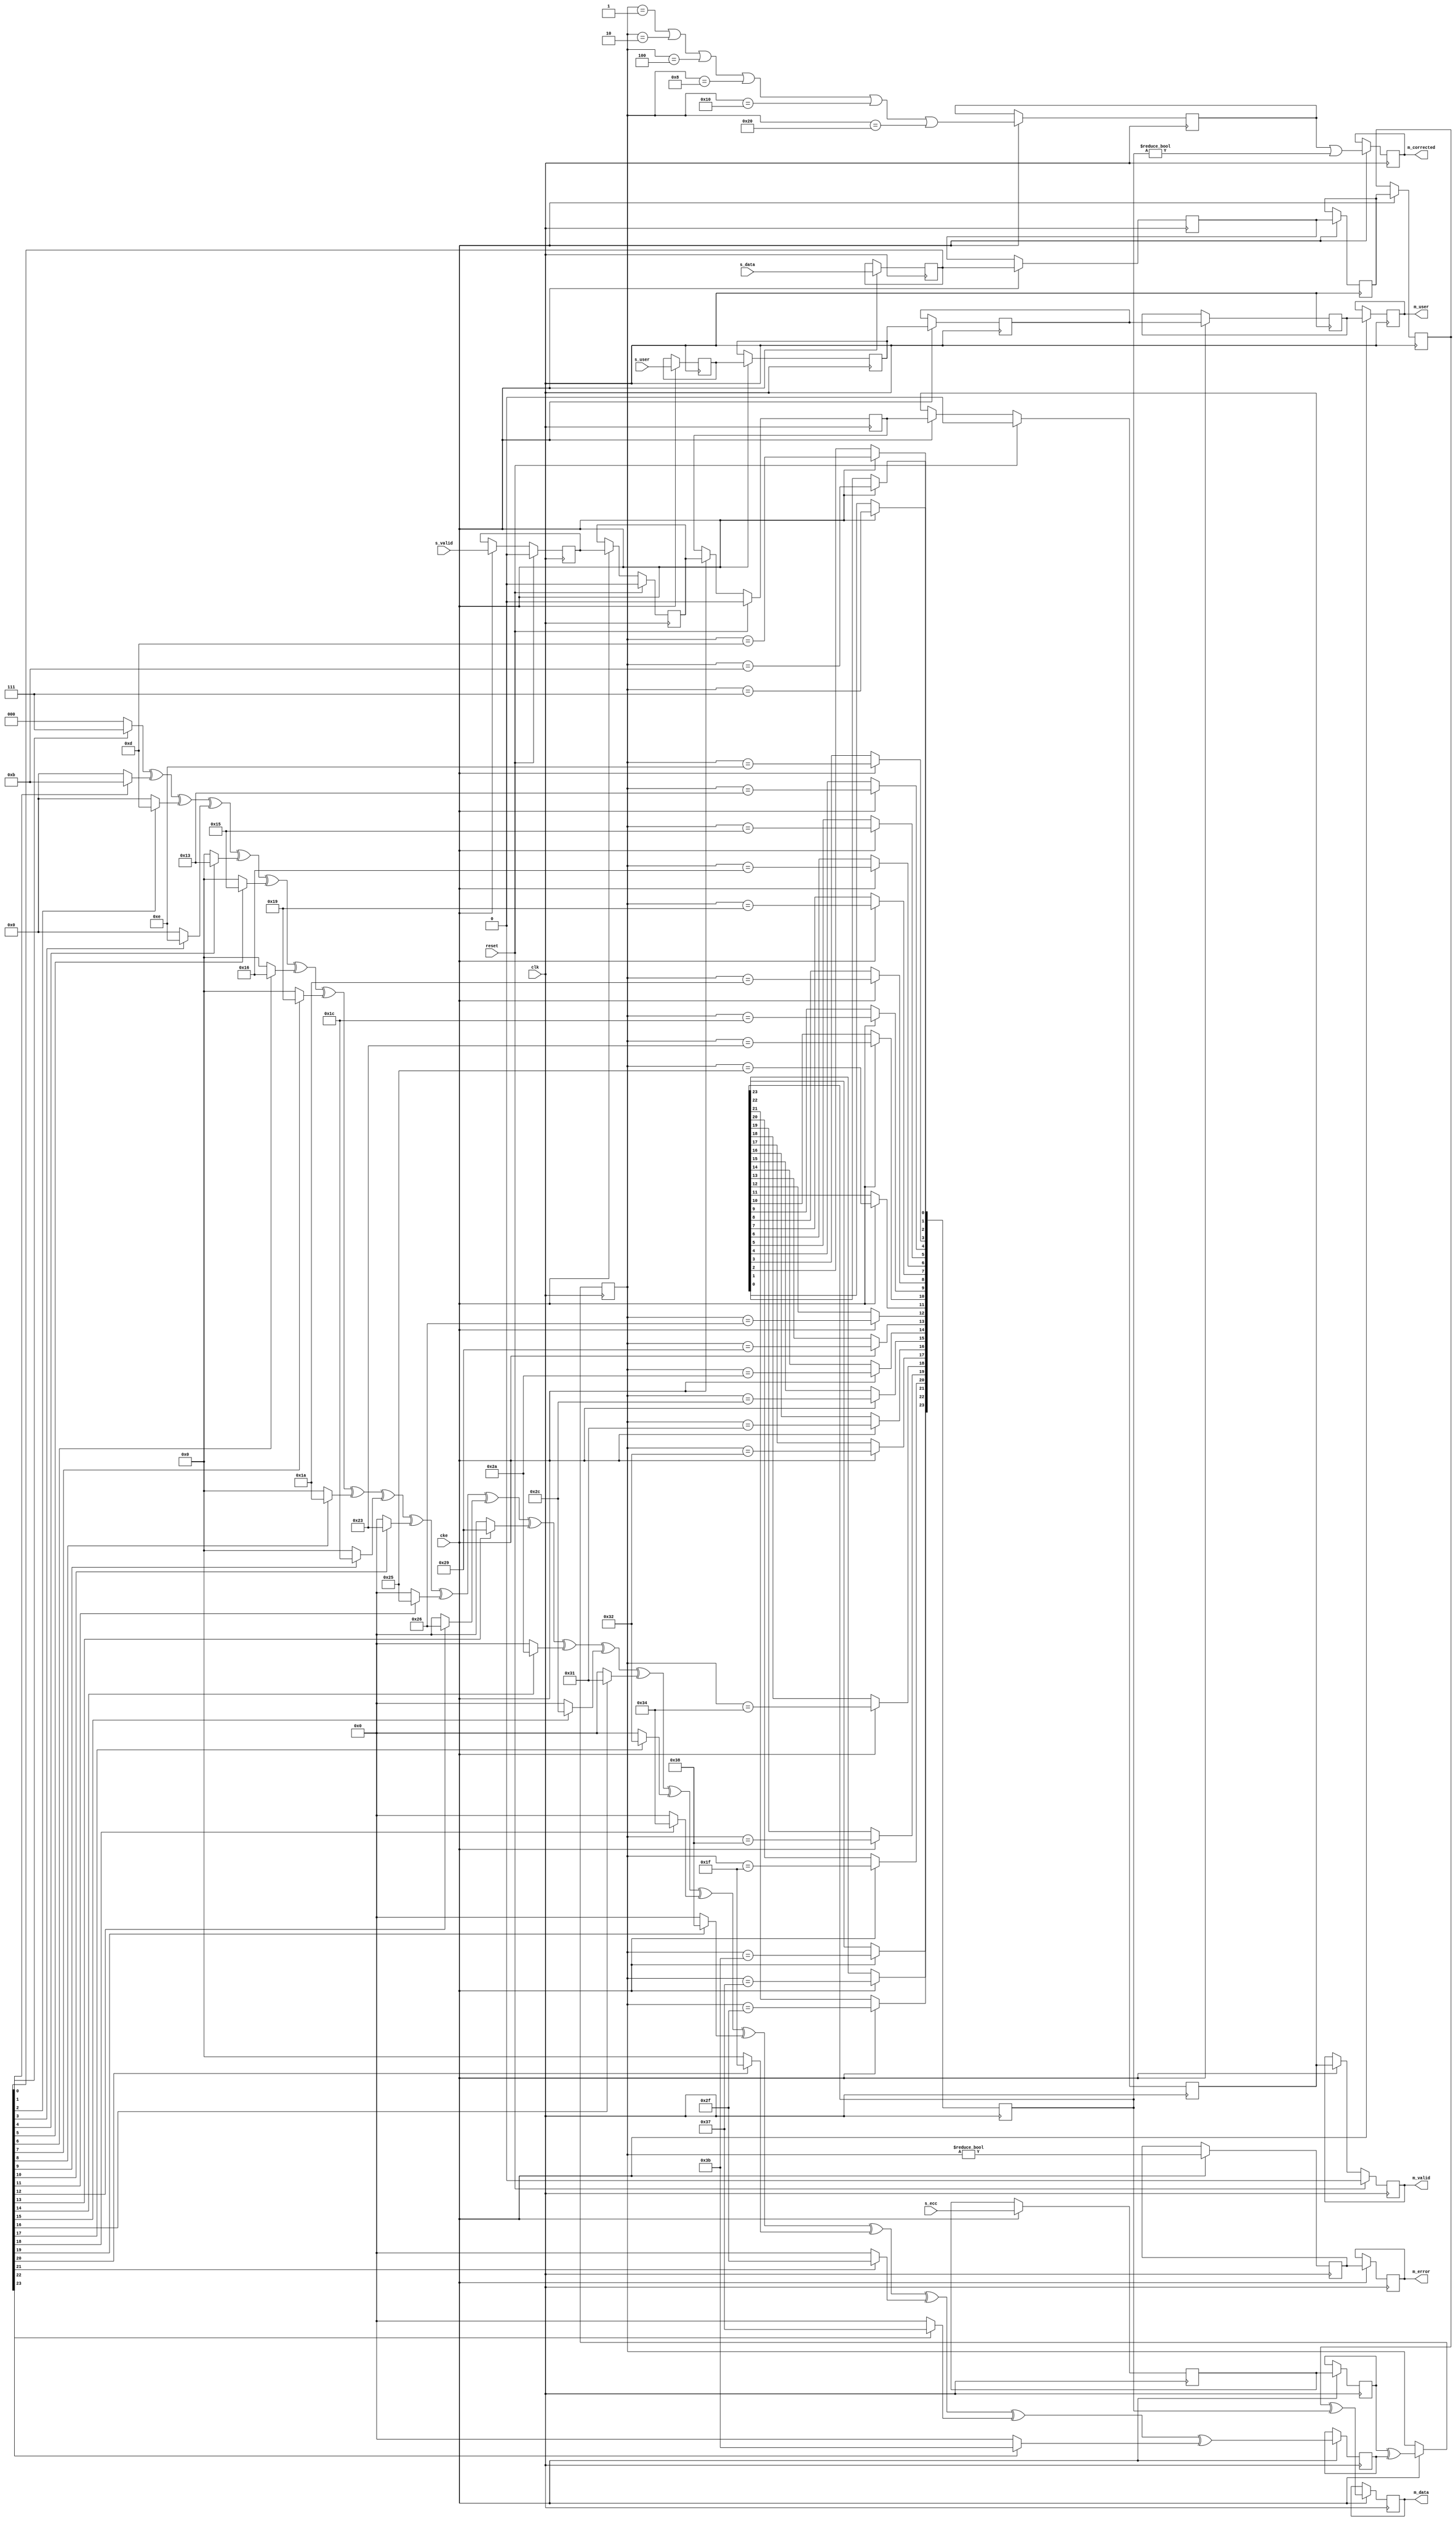
// This program was cloned from: https://github.com/ryuz/jelly
// License: MIT License

// ---------------------------------------------------------------------------
//  Jelly  -- The platform for real-time computing
//
//
//                                 Copyright (C) 2008-2018 by Ryuz
//                                 https://github.com/ryuz/jelly.git
// ---------------------------------------------------------------------------



`timescale 1ns / 1ps
`default_nettype none


module jelly_mipi_ecc24
        #(
            parameter   USER_WIDTH = 0,
            
            parameter   USER_BITS  = USER_WIDTH > 0 ? USER_WIDTH : 1
        )
        (
            input   wire                        reset,
            input   wire                        clk,
            input   wire                        cke,
            
            input   wire    [USER_BITS-1:0]     s_user,
            input   wire    [23:0]              s_data,
            input   wire    [5:0]               s_ecc,
            input   wire                        s_valid,
            
            output  wire    [USER_BITS-1:0]     m_user,
            output  wire    [23:0]              m_data,
            output  wire                        m_error,
            output  wire                        m_corrected,
            output  wire                        m_valid
        );
    
    
    // ecc table
    wire    [5:0]   ecc_tbl_0  = 6'h07;
    wire    [5:0]   ecc_tbl_1  = 6'h0b;
    wire    [5:0]   ecc_tbl_2  = 6'h0d;
    wire    [5:0]   ecc_tbl_3  = 6'h0e;
    wire    [5:0]   ecc_tbl_4  = 6'h13;
    wire    [5:0]   ecc_tbl_5  = 6'h15;
    wire    [5:0]   ecc_tbl_6  = 6'h16;
    wire    [5:0]   ecc_tbl_7  = 6'h19;
    wire    [5:0]   ecc_tbl_8  = 6'h1a;
    wire    [5:0]   ecc_tbl_9  = 6'h1c;
    wire    [5:0]   ecc_tbl_10 = 6'h23;
    wire    [5:0]   ecc_tbl_11 = 6'h25;
    wire    [5:0]   ecc_tbl_12 = 6'h26;
    wire    [5:0]   ecc_tbl_13 = 6'h29;
    wire    [5:0]   ecc_tbl_14 = 6'h2a;
    wire    [5:0]   ecc_tbl_15 = 6'h2c;
    wire    [5:0]   ecc_tbl_16 = 6'h31;
    wire    [5:0]   ecc_tbl_17 = 6'h32;
    wire    [5:0]   ecc_tbl_18 = 6'h34;
    wire    [5:0]   ecc_tbl_19 = 6'h38;
    wire    [5:0]   ecc_tbl_20 = 6'h1f;
    wire    [5:0]   ecc_tbl_21 = 6'h2f;
    wire    [5:0]   ecc_tbl_22 = 6'h37;
    wire    [5:0]   ecc_tbl_23 = 6'h3b;
    
    
    
    reg     [USER_BITS-1:0]     st0_user;
    reg     [23:0]              st0_data;
    reg     [5:0]               st0_ecc;
    reg                         st0_valid;
    
    reg     [USER_BITS-1:0]     st1_user;
    reg     [23:0]              st1_data;
    reg     [5:0]               st1_recv_ecc;
    reg     [5:0]               st1_calc_ecc;
    reg                         st1_valid;
    
    reg     [USER_BITS-1:0]     st2_user;
    reg     [23:0]              st2_data;
    reg     [5:0]               st2_syndrome;
    reg                         st2_valid;
    
    reg     [USER_BITS-1:0]     st3_user;
    reg     [23:0]              st3_data;
    reg     [23:0]              st3_xor;
    reg                         st3_error;
    reg                         st3_crrected;
    reg                         st3_valid;
    
    reg     [USER_BITS-1:0]     st4_user;
    reg     [23:0]              st4_data;
    reg                         st4_error;
    reg                         st4_corrected;
    reg                         st4_valid;
    
    always @(posedge clk) begin
        if ( cke ) begin
            // stage 0
            st0_user      <= s_user;
            st0_data      <= s_data;
            st0_ecc       <= s_ecc;
            
            // stage 1
            st1_user      <= st0_user;
            st1_data      <= st0_data;
            st1_recv_ecc  <= st0_ecc;
            st1_calc_ecc  <= (st0_data[0]  ? ecc_tbl_0  : 6'd0)
                           ^ (st0_data[1]  ? ecc_tbl_1  : 6'd0)
                           ^ (st0_data[2]  ? ecc_tbl_2  : 6'd0)
                           ^ (st0_data[3]  ? ecc_tbl_3  : 6'd0)
                           ^ (st0_data[4]  ? ecc_tbl_4  : 6'd0)
                           ^ (st0_data[5]  ? ecc_tbl_5  : 6'd0)
                           ^ (st0_data[6]  ? ecc_tbl_6  : 6'd0)
                           ^ (st0_data[7]  ? ecc_tbl_7  : 6'd0)
                           ^ (st0_data[8]  ? ecc_tbl_8  : 6'd0)
                           ^ (st0_data[9]  ? ecc_tbl_9  : 6'd0)
                           ^ (st0_data[10] ? ecc_tbl_10 : 6'd0)
                           ^ (st0_data[11] ? ecc_tbl_11 : 6'd0)
                           ^ (st0_data[12] ? ecc_tbl_12 : 6'd0)
                           ^ (st0_data[13] ? ecc_tbl_13 : 6'd0)
                           ^ (st0_data[14] ? ecc_tbl_14 : 6'd0)
                           ^ (st0_data[15] ? ecc_tbl_15 : 6'd0)
                           ^ (st0_data[16] ? ecc_tbl_16 : 6'd0)
                           ^ (st0_data[17] ? ecc_tbl_17 : 6'd0)
                           ^ (st0_data[18] ? ecc_tbl_18 : 6'd0)
                           ^ (st0_data[19] ? ecc_tbl_19 : 6'd0)
                           ^ (st0_data[20] ? ecc_tbl_20 : 6'd0)
                           ^ (st0_data[21] ? ecc_tbl_21 : 6'd0)
                           ^ (st0_data[22] ? ecc_tbl_22 : 6'd0)
                           ^ (st0_data[23] ? ecc_tbl_23 : 6'd0);
            
            // stage 2
            st2_user      <= st1_user;
            st2_data      <= st1_data;
            st2_syndrome  <= st1_recv_ecc ^ st1_calc_ecc;
            
            // stage 3
            st3_user      <= st2_user;
            st3_data      <= st2_data;
            st3_xor[0]    <= (st2_syndrome == ecc_tbl_0);
            st3_xor[1]    <= (st2_syndrome == ecc_tbl_1);
            st3_xor[2]    <= (st2_syndrome == ecc_tbl_2);
            st3_xor[3]    <= (st2_syndrome == ecc_tbl_3);
            st3_xor[4]    <= (st2_syndrome == ecc_tbl_4);
            st3_xor[5]    <= (st2_syndrome == ecc_tbl_5);
            st3_xor[6]    <= (st2_syndrome == ecc_tbl_6);
            st3_xor[7]    <= (st2_syndrome == ecc_tbl_7);
            st3_xor[8]    <= (st2_syndrome == ecc_tbl_8);
            st3_xor[9]    <= (st2_syndrome == ecc_tbl_9);
            st3_xor[10]   <= (st2_syndrome == ecc_tbl_10);
            st3_xor[11]   <= (st2_syndrome == ecc_tbl_11);
            st3_xor[12]   <= (st2_syndrome == ecc_tbl_12);
            st3_xor[13]   <= (st2_syndrome == ecc_tbl_13);
            st3_xor[14]   <= (st2_syndrome == ecc_tbl_14);
            st3_xor[15]   <= (st2_syndrome == ecc_tbl_15);
            st3_xor[16]   <= (st2_syndrome == ecc_tbl_16);
            st3_xor[17]   <= (st2_syndrome == ecc_tbl_17);
            st3_xor[18]   <= (st2_syndrome == ecc_tbl_18);
            st3_xor[19]   <= (st2_syndrome == ecc_tbl_19);
            st3_xor[20]   <= (st2_syndrome == ecc_tbl_20);
            st3_xor[21]   <= (st2_syndrome == ecc_tbl_21);
            st3_xor[22]   <= (st2_syndrome == ecc_tbl_22);
            st3_xor[23]   <= (st2_syndrome == ecc_tbl_23);
            st3_error     <= (st2_syndrome != 0);
            st3_crrected  <= (st2_syndrome == 6'b000001)
                          || (st2_syndrome == 6'b000010)
                          || (st2_syndrome == 6'b000100)
                          || (st2_syndrome == 6'b001000)
                          || (st2_syndrome == 6'b010000)
                          || (st2_syndrome == 6'b100000);
            
            // stage 4
            st4_user      <= st3_user;
            st4_data      <= st3_data ^ st3_xor;
            st4_error     <= st3_error;
            st4_corrected <= st3_crrected || (st3_xor != 0);
        end
    end
    
    always @(posedge clk) begin
        if ( reset ) begin
            st0_valid <= 1'b0;
            st1_valid <= 1'b0;
            st2_valid <= 1'b0;
            st3_valid <= 1'b0;
            st4_valid <= 1'b0;
        end
        else if ( cke ) begin
            st0_valid <= s_valid;
            st1_valid <= st0_valid;
            st2_valid <= st1_valid;
            st3_valid <= st2_valid;
            st4_valid <= st3_valid;
        end
    end
    
    assign m_user      = st4_user;
    assign m_data      = st4_data;
    assign m_error     = st4_error;
    assign m_corrected = st4_corrected;
    assign m_valid     = st4_valid;
    
endmodule



`default_nettype wire



// end of file